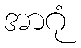
အာဂုံ